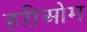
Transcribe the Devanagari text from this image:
हरीओम